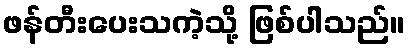
ဖန်တီးပေးသကဲ့သို့ ဖြစ်ပါသည်။